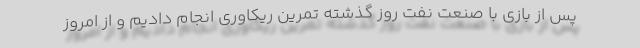
پس از بازی با صنعت نفت روز گذشته تمرین ریکاوری انجام دادیم و از امروز